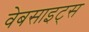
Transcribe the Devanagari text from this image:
वेबसाइट्‌स